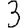
Digit: 3